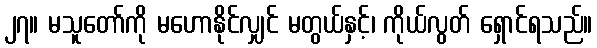
၂၇။ မသူတော်ကို မဟောနိုင်လျှင် မတွယ်နှင့်၊ ကိုယ်လွတ် ရှောင်ရသည်။